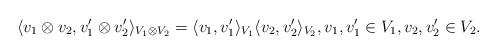
LaTeX: \begin{align*}\langle v_1\otimes v_2,v_1'\otimes v_2'\rangle_{V_1\otimes V_2}= \langle v_1,v_1'\rangle_{V_1}\langle v_2,v_2'\rangle_{V_2},v_1,v_1'\in V_1, v_2,v_2'\in V_2.\end{align*}